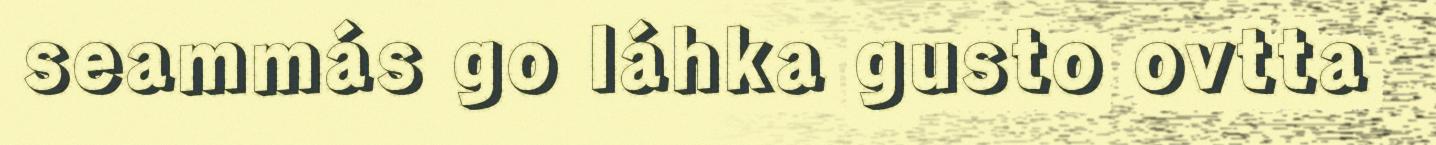
seammás go láhka gusto ovtta